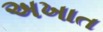
અખાત